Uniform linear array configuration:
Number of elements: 48
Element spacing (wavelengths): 0.5
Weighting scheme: blackman
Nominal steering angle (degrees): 60
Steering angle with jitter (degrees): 59.202
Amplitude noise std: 0.05
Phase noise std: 0.05

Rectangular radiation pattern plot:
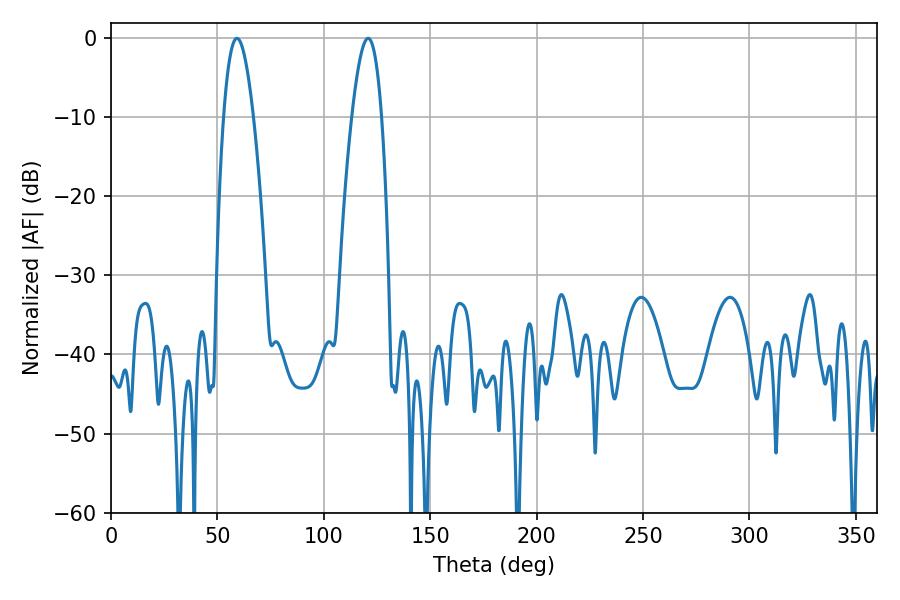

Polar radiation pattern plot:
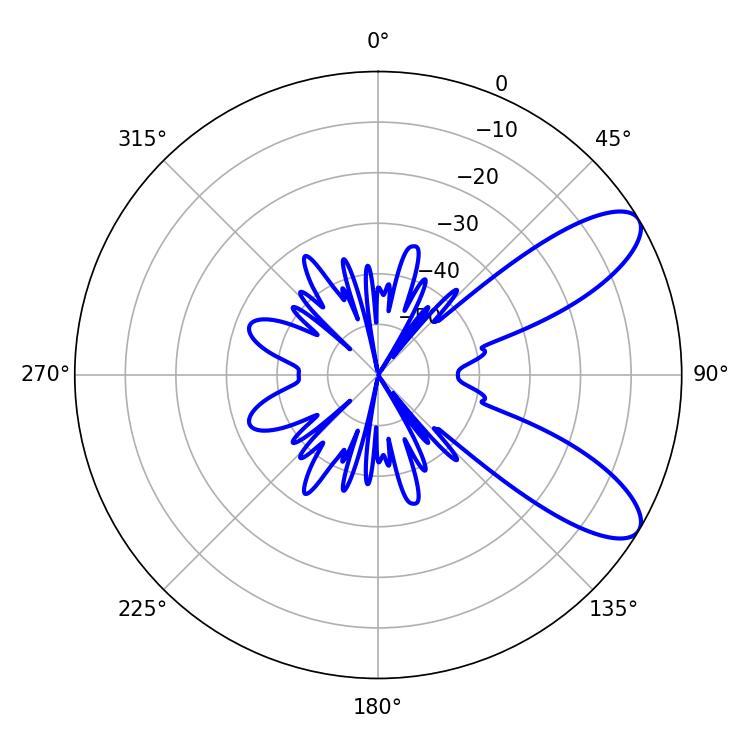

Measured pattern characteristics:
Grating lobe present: FALSE
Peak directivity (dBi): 9.061
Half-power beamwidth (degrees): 7.56
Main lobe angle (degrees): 120.78